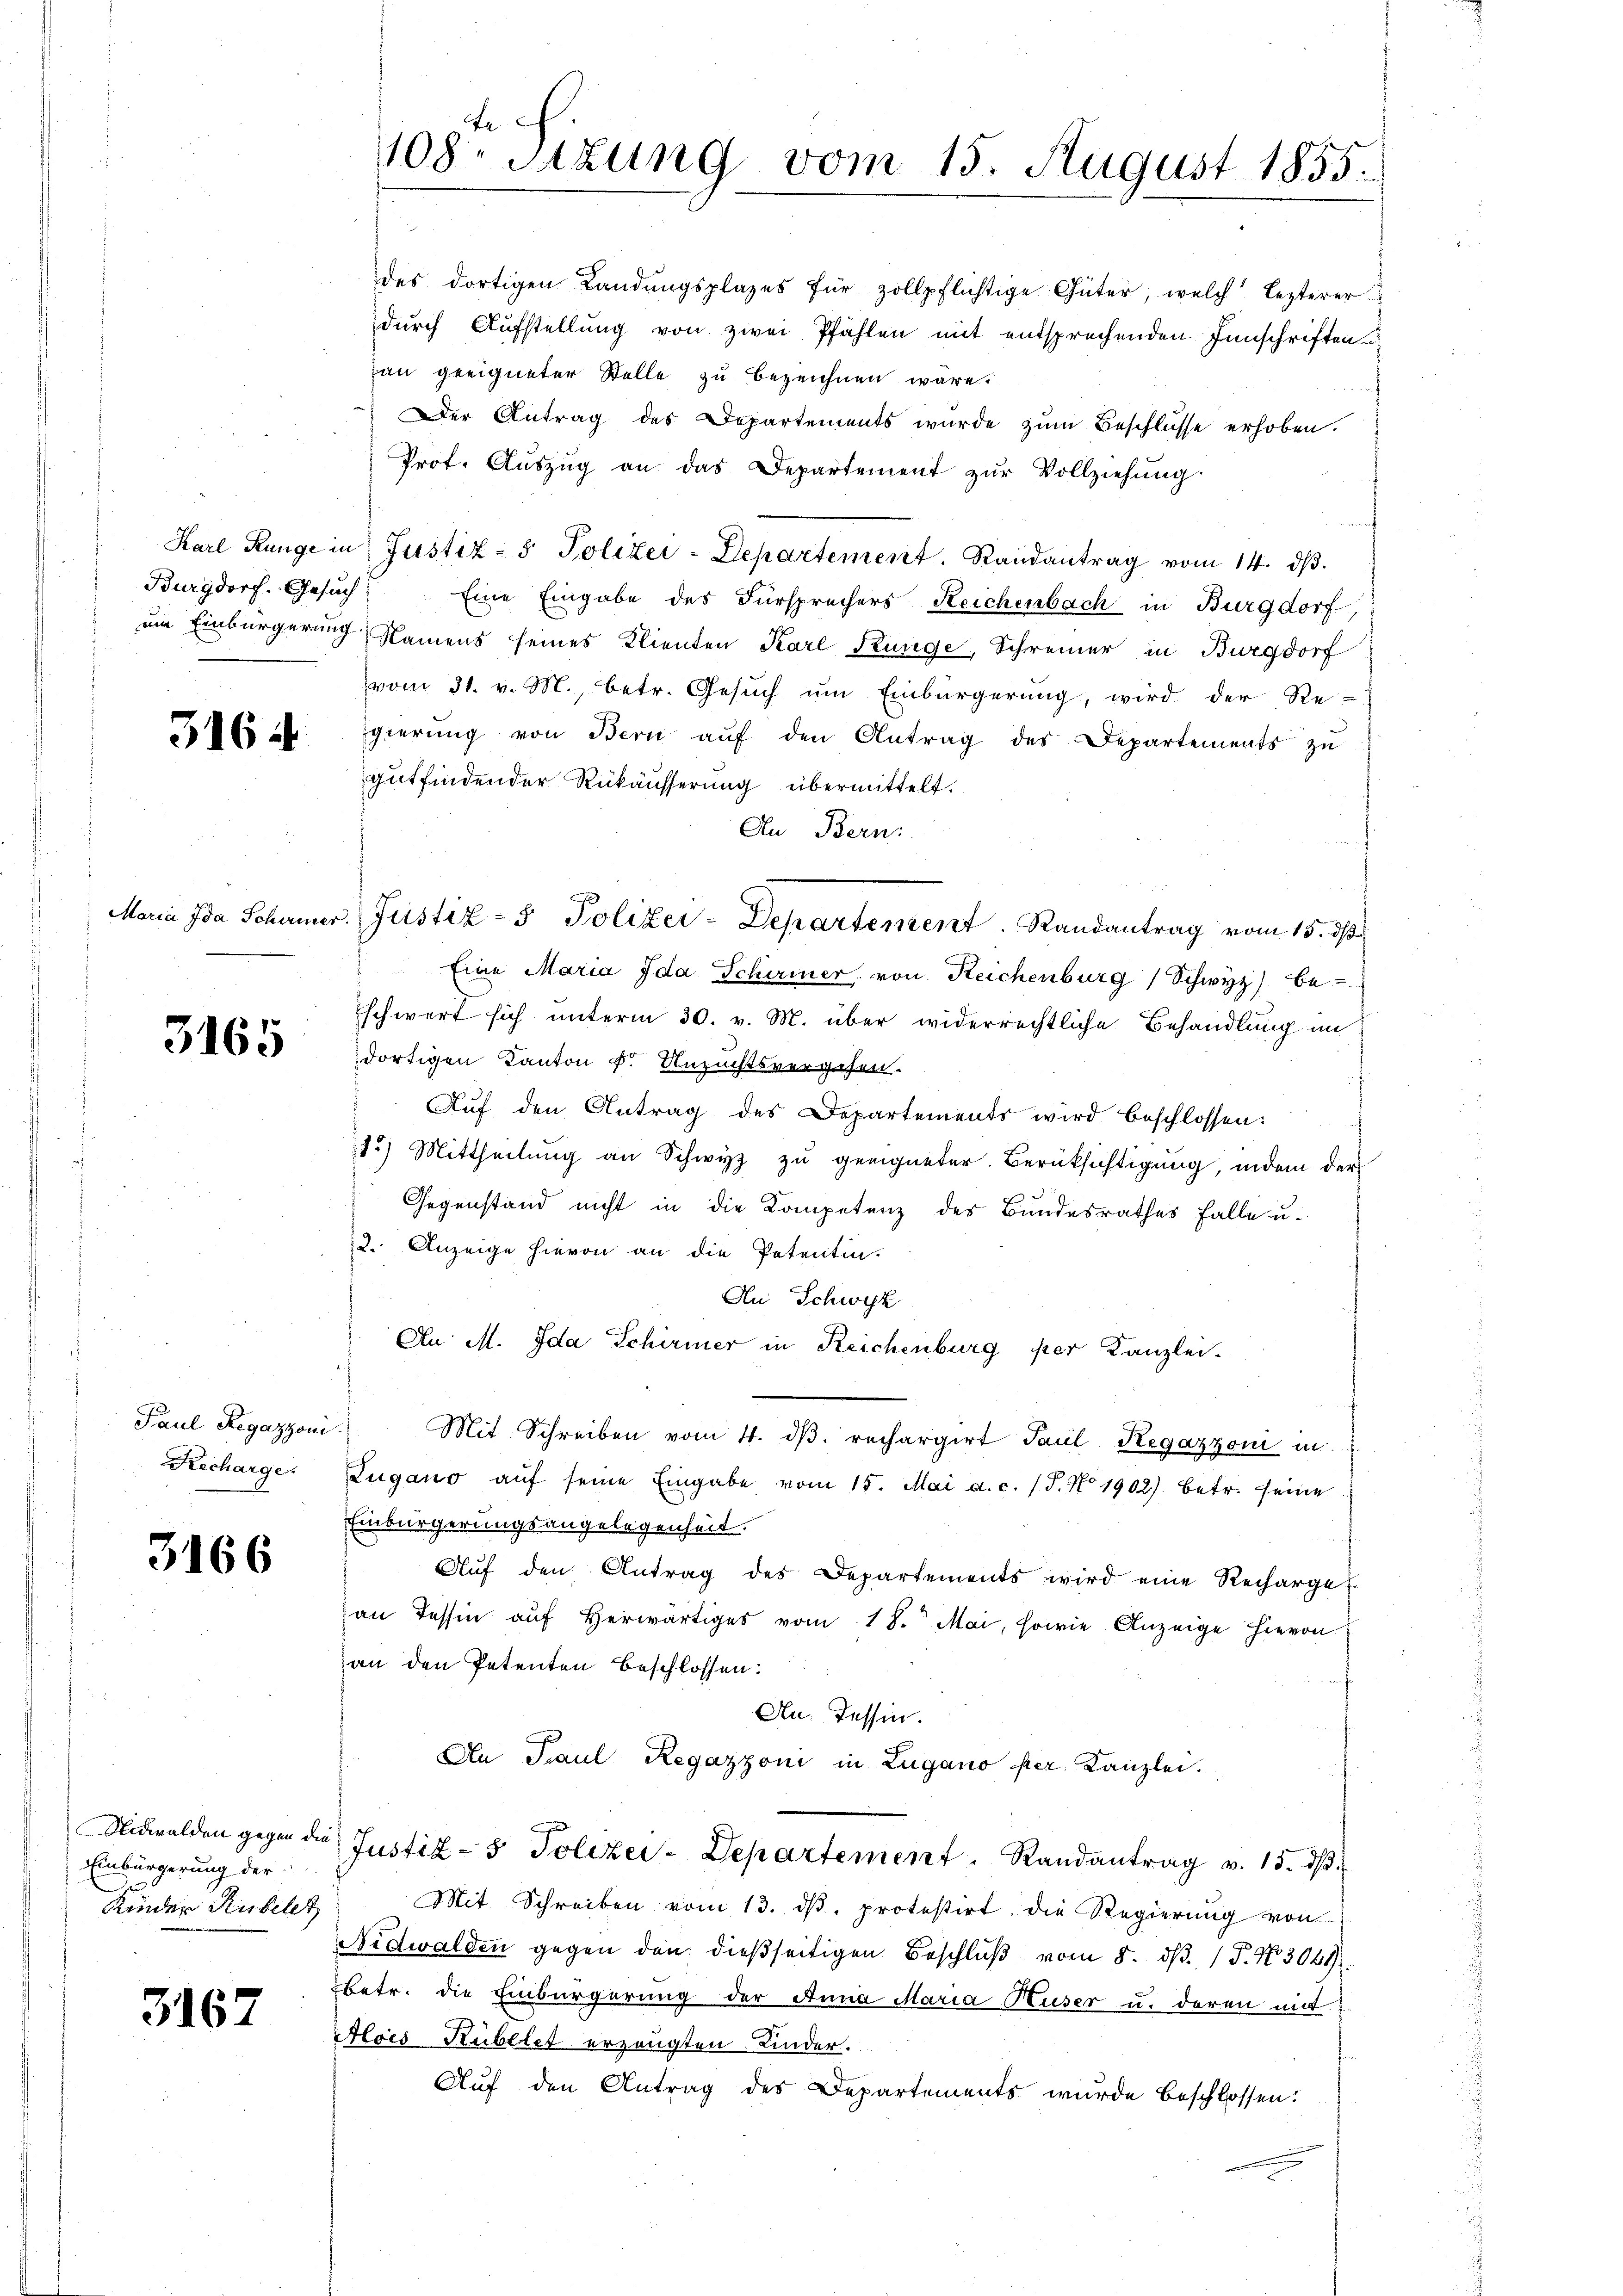
Burgdorf. Gesuch

3164

3165

Paul Regazzoni
Recharge.

3166

Nidwalden gegen die
Einbürgerung der
Kinder Rubele

3167

Fe
108. Sitzung vom 15. August 1855.

des dortigen Landŭngsplazes für zollpflichtige Güter, welch lezterer
dŭrch Aufstellung von zwei Pfählen mit entsprechenden Innschriften
an geeigneter Stelle zu bezeichnen wäre.
Der Antrag des Departements wurde zum Beschlüsse erhoben.
Prof. Aŭszŭg an das Departement zŭr Vollziehung
Karl Ringe in Justiz- & Polizei-Departement. Randantrag vom 14. dβ.
Eine Eingabe des Fürsprechers Reichenbach in Burgdorf
um Einbürgerung Namens seines Klienten Karl Künge, Schreiner in Burgdorf
vom 31. v. M., betr. Gesuch um Einbürgerung, wird der Re-
gierŭng von Bern aŭf den Antrag des Departements zŭ
gutfindender Rükäusserung übermittelt.
An Bern:
Eine Maria Ida Schirmer von Reichenburg Schwyz) be-
Eschwert sich unterm 30. v. M. über widerrechtliche Behandlung im
dortigen Kanton v. Anzuchtsvergehen.
Aŭf den Antrag des Departements wird beschlossen:
15) Mittheilung an Schwyz zu geeigneter Berüksichtigung, indem der
Gegenstand nicht in die Kompetenz des Bundesrathes Falle u.
2. Anzeige hievon an die Petentin.
An Schwyz
An M. Ida Schirmer in Reichenburg per Kanzlei-
Mit Schreiben vom 4. dβ. rechargirt Paul Regazzoni in
Zugano aŭf seine Eingabe vom 15. Mai a.c. (T. No 1902) betr. seine
Einbürgerungsangelegenheit.
Aŭf den Antrag des Departements wird eine Rechargel
an Tessin auf herwärtiges vom 18. Mai, sowie Anzeige hievon
an den Petenten beschlossen:
Au, Tessin.
An Paul Regazzoni in Zugano per Kanzlei.
Justiz- & Polizei-Departement. Randantrag v. 15. dβ
Mit Schreiben vom 13. dβ. protestirt die Regierung von
Nidwalden gegen den dießseitigen Beschlŭβ vom 8. dβ. P. Nr. 3044.
betr. die Einbürgerung der Anna Maria Huser u. deren mit
Alois Rubelet erzeugten Kinder.
Auf den Antrag des Departements wurde beschlossen:

Maria Ida Schamer. Justiz- & Polizei-Departement. Randantrag vom 15. ds.